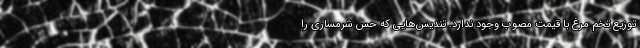
توزیع تخم مرغ با قیمت مصوب وجود ندارد. تندیس‌هایی که حس شرمساری را